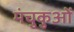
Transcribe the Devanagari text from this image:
मंचुकुओं